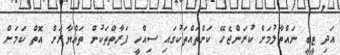
އަދި ޓީބީ ނައްތާލުމަށް ކުރަންޖެހޭ ކަންތައްތަކުގައި ސިއްހީ ފަރާތްތަކުން ތައްޔާރަށް އޮތް ކަމަށް